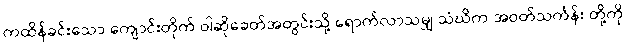
ကထိန်ခင်းသော ကျောင်းတိုက် ဝါဆိုခေတ်အတွင်းသို့ ရောက်လာသမျှ သံဃိက အဝတ်သင်္ကန်း တို့ကို